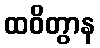
ထဝိတွာန